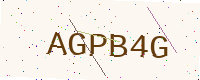
Text: AGPB4G